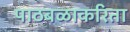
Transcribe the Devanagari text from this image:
पाठबळाकरिता